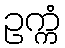
ဥက္ကံ